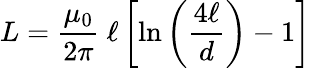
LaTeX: L={\frac{\mu_{0}}{2\pi}}\ \ell\left[\ln\left({\frac{4\ell}{d}}\right)-1\right]